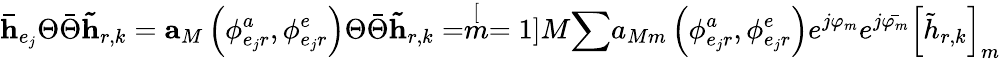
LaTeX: \mathbf{\bar{h}}_{e_{j}}\Theta\bar{\Theta}\mathbf{\tilde{h}}_{r,k}=\mathbf{a}_{M}\left(\phi_{e_{j}r}^{a},\phi_{e_{j}r}^{e}\right)\Theta\bar{\Theta}\mathbf{\tilde{h}}_{r,k}=\stackrel[m=1]{M}{\sum}a_{Mm}\left(\phi_{e_{j}r}^{a},\phi_{e_{j}r}^{e}\right)e^{j\varphi_{m}}e^{j\bar{\varphi_{m}}}\left[\tilde{h}_{r,k}\right]_{m}